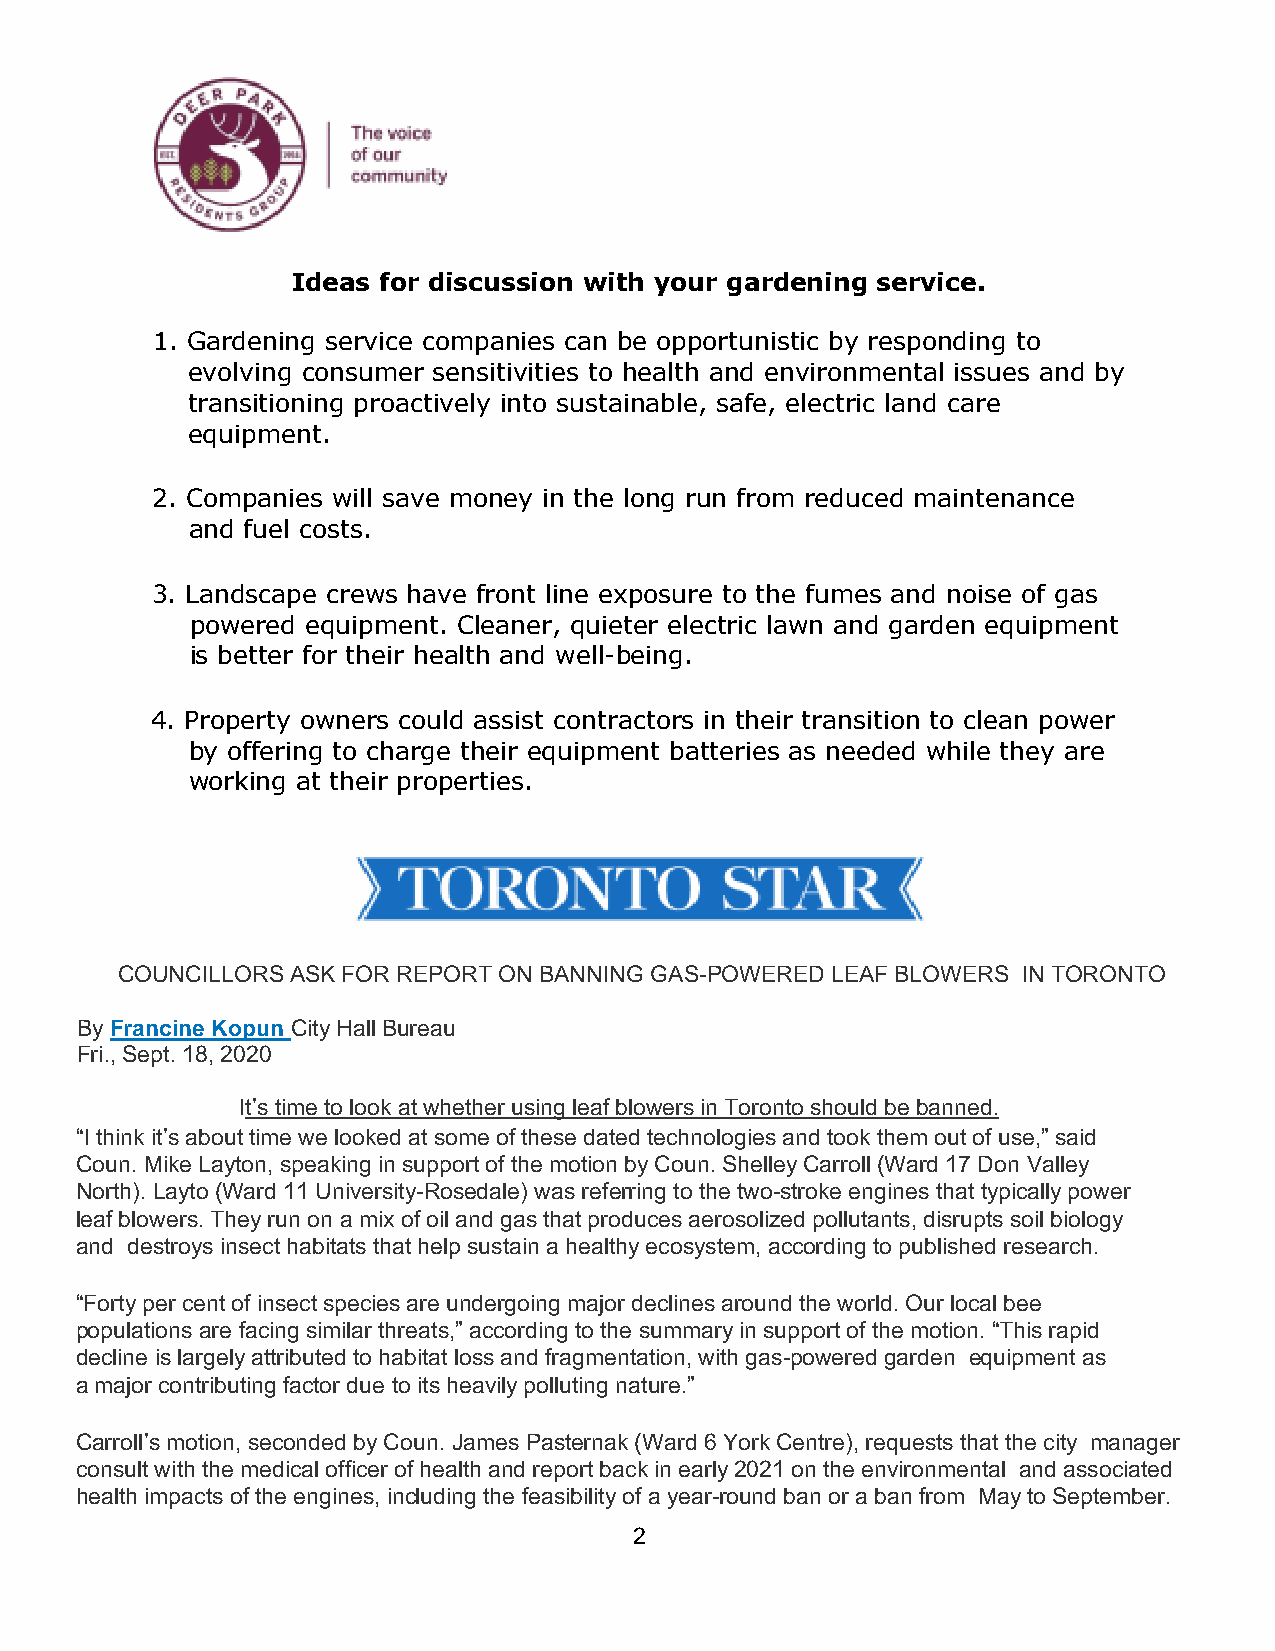
Ideas for discussion with your gardening service.
 1. Gardening service companies can be opportunistic by responding to
 evolving consumer sensitivities to health and environmental issues and by
 transitioning proactively into sustainable, safe, electric land care
 equipment.
 2. Companies will save money in the long run from reduced maintenance
 and fuel costs.
 3. Landscape crews have front line exposure to the fumes and noise of gas
 powered equipment. Cleaner, quieter electric lawn and garden equipment
 is better for their health and well-being.
 4. Property owners could assist contractors in their transition to clean power
 by offering to charge their equipment batteries as needed while they are
 working at their properties.
 COUNCILLORS ASK FOR REPORT ON BANNING GAS-POWERED LEAF BLOWERS IN TORONTO
 By Francine Kopun City Hall Bureau
 Fri., Sept. 18, 2020
 It’s time to look at whether using leaf blowers in Toronto should be banned.
 “I think it’s about time we looked at some of these dated technologies and took them out of use,” said
 Coun. Mike Layton, speaking in support of the motion by Coun. Shelley Carroll (Ward 17 Don Valley
 North). Layto (Ward 11 University-Rosedale) was referring to the two-stroke engines that typically power
 leaf blowers. They run on a mix of oil and gas that produces aerosolized pollutants, disrupts soil biology
 and destroys insect habitats that help sustain a healthy ecosystem, according to published research.
 “Forty per cent of insect species are undergoing major declines around the world. Our local bee
 populations are facing similar threats,” according to the summary in support of the motion. “This rapid
 decline is largely attributed to habitat loss and fragmentation, with gas-powered garden equipment as
 a major contributing factor due to its heavily polluting nature.”
 Carroll’s motion, seconded by Coun. James Pasternak (Ward 6 York Centre), requests that the city manager
 consult with the medical officer of health and report back in early 2021 on the environmental and associated
 health impacts of the engines, including the feasibility of a year-round ban or a ban from May to September.
 2